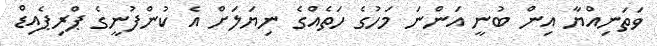
ވަތަނިއްޔާ އިން ބުނީ އަންނަ މަހުގެ ހަތެއްގެ ނިޔަލަށް އެ ކުންފުނީގެ ޕްރިޕެއިޑް